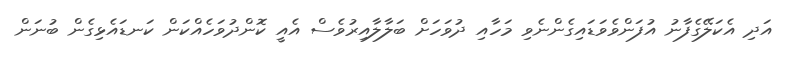
އަދި އެކަލޭގެފާނު އުފަންވެވަޑައިގެންނެވި މަހާއި ދުވަހަށް ބަލާލާއިރުވެސް އެއީ ކޮންދުވަހެއްކަން ކަނޑައެޅިގެން ބުނަން